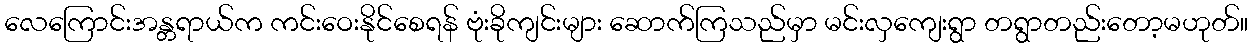
လေကြောင်းအန္တရာယ်က ကင်းဝေးနိုင်စေရန် ဗုံးခိုကျင်းများ ဆောက်ကြသည်မှာ မင်းလှကျေးရွာ တရွာတည်းတော့မဟုတ်။